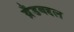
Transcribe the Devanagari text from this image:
ब्रँडबद्दल